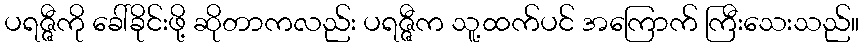
ပရဇ္ဇီကို ခေါ်ခိုင်းဖို့ ဆိုတာကလည်း ပရဇ္ဇီက သူ့ထက်ပင် အကြောက် ကြီးသေးသည်။